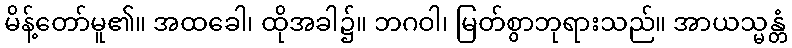
မိန့်တော်မူ၏။ အထခေါ၊ ထိုအခါ၌။ ဘဂဝါ၊ မြတ်စွာဘုရားသည်။ အာယသ္မန္တံ